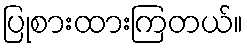
ပြုစားထားကြတယ်။